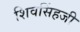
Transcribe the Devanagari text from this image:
शिवसिंहजी